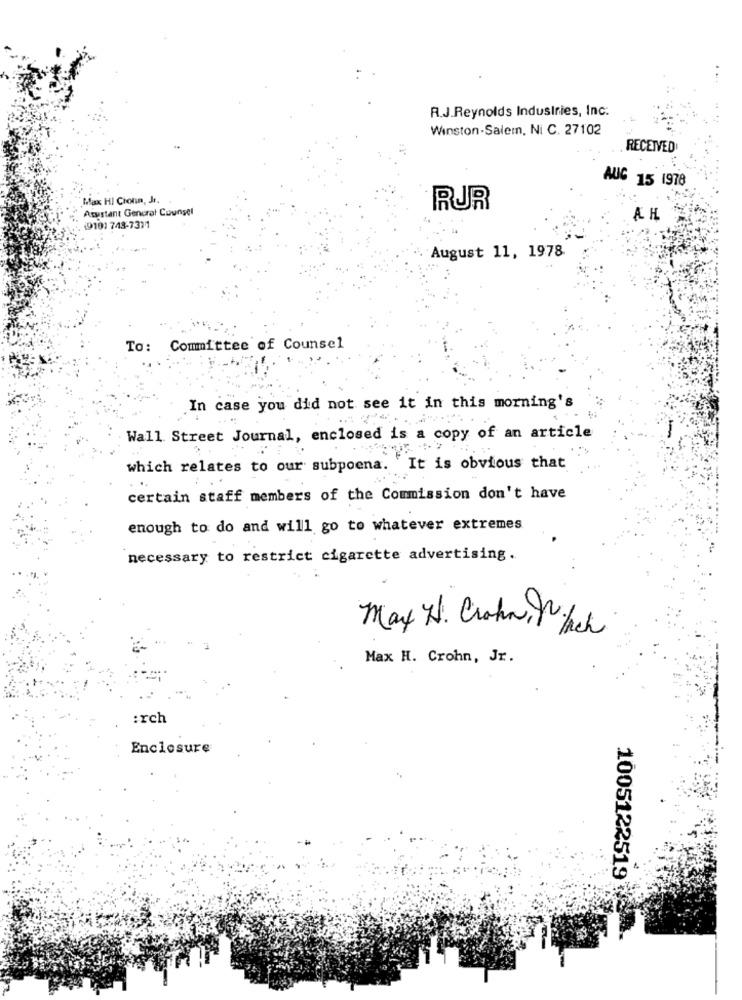
R.J.Reynolds Industries, Inc.
Winston-Salem, Ni C. 27102
RECEIVED
AUG 15 1978
Max HI Cionn, Jr.
Asustant General Counsel
RUR
AH
(919) 743-7311
August 11, 1978
To: Committee of Counsel
.In case you did not see it in this morning's
Wall Street Journal, enclosed is a copy of an article
which relates to our subpoena. It is obvious that
certain staff members of the Commission don't have
enough to do and will go to whatever extremes
necessary to restrict cigarette advertising.
May H. Crohn, Which
Max H. Crohn, Jr.
:rch
Enclosure
1005122519